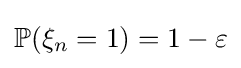
\mathbb {P} (\xi _{n}=1)=1-\varepsilon